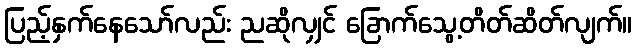
ပြည့်နှက်နေသော်လည်း ညဆိုလျှင် ခြောက်သွေ့တိတ်ဆိတ်လျက်။